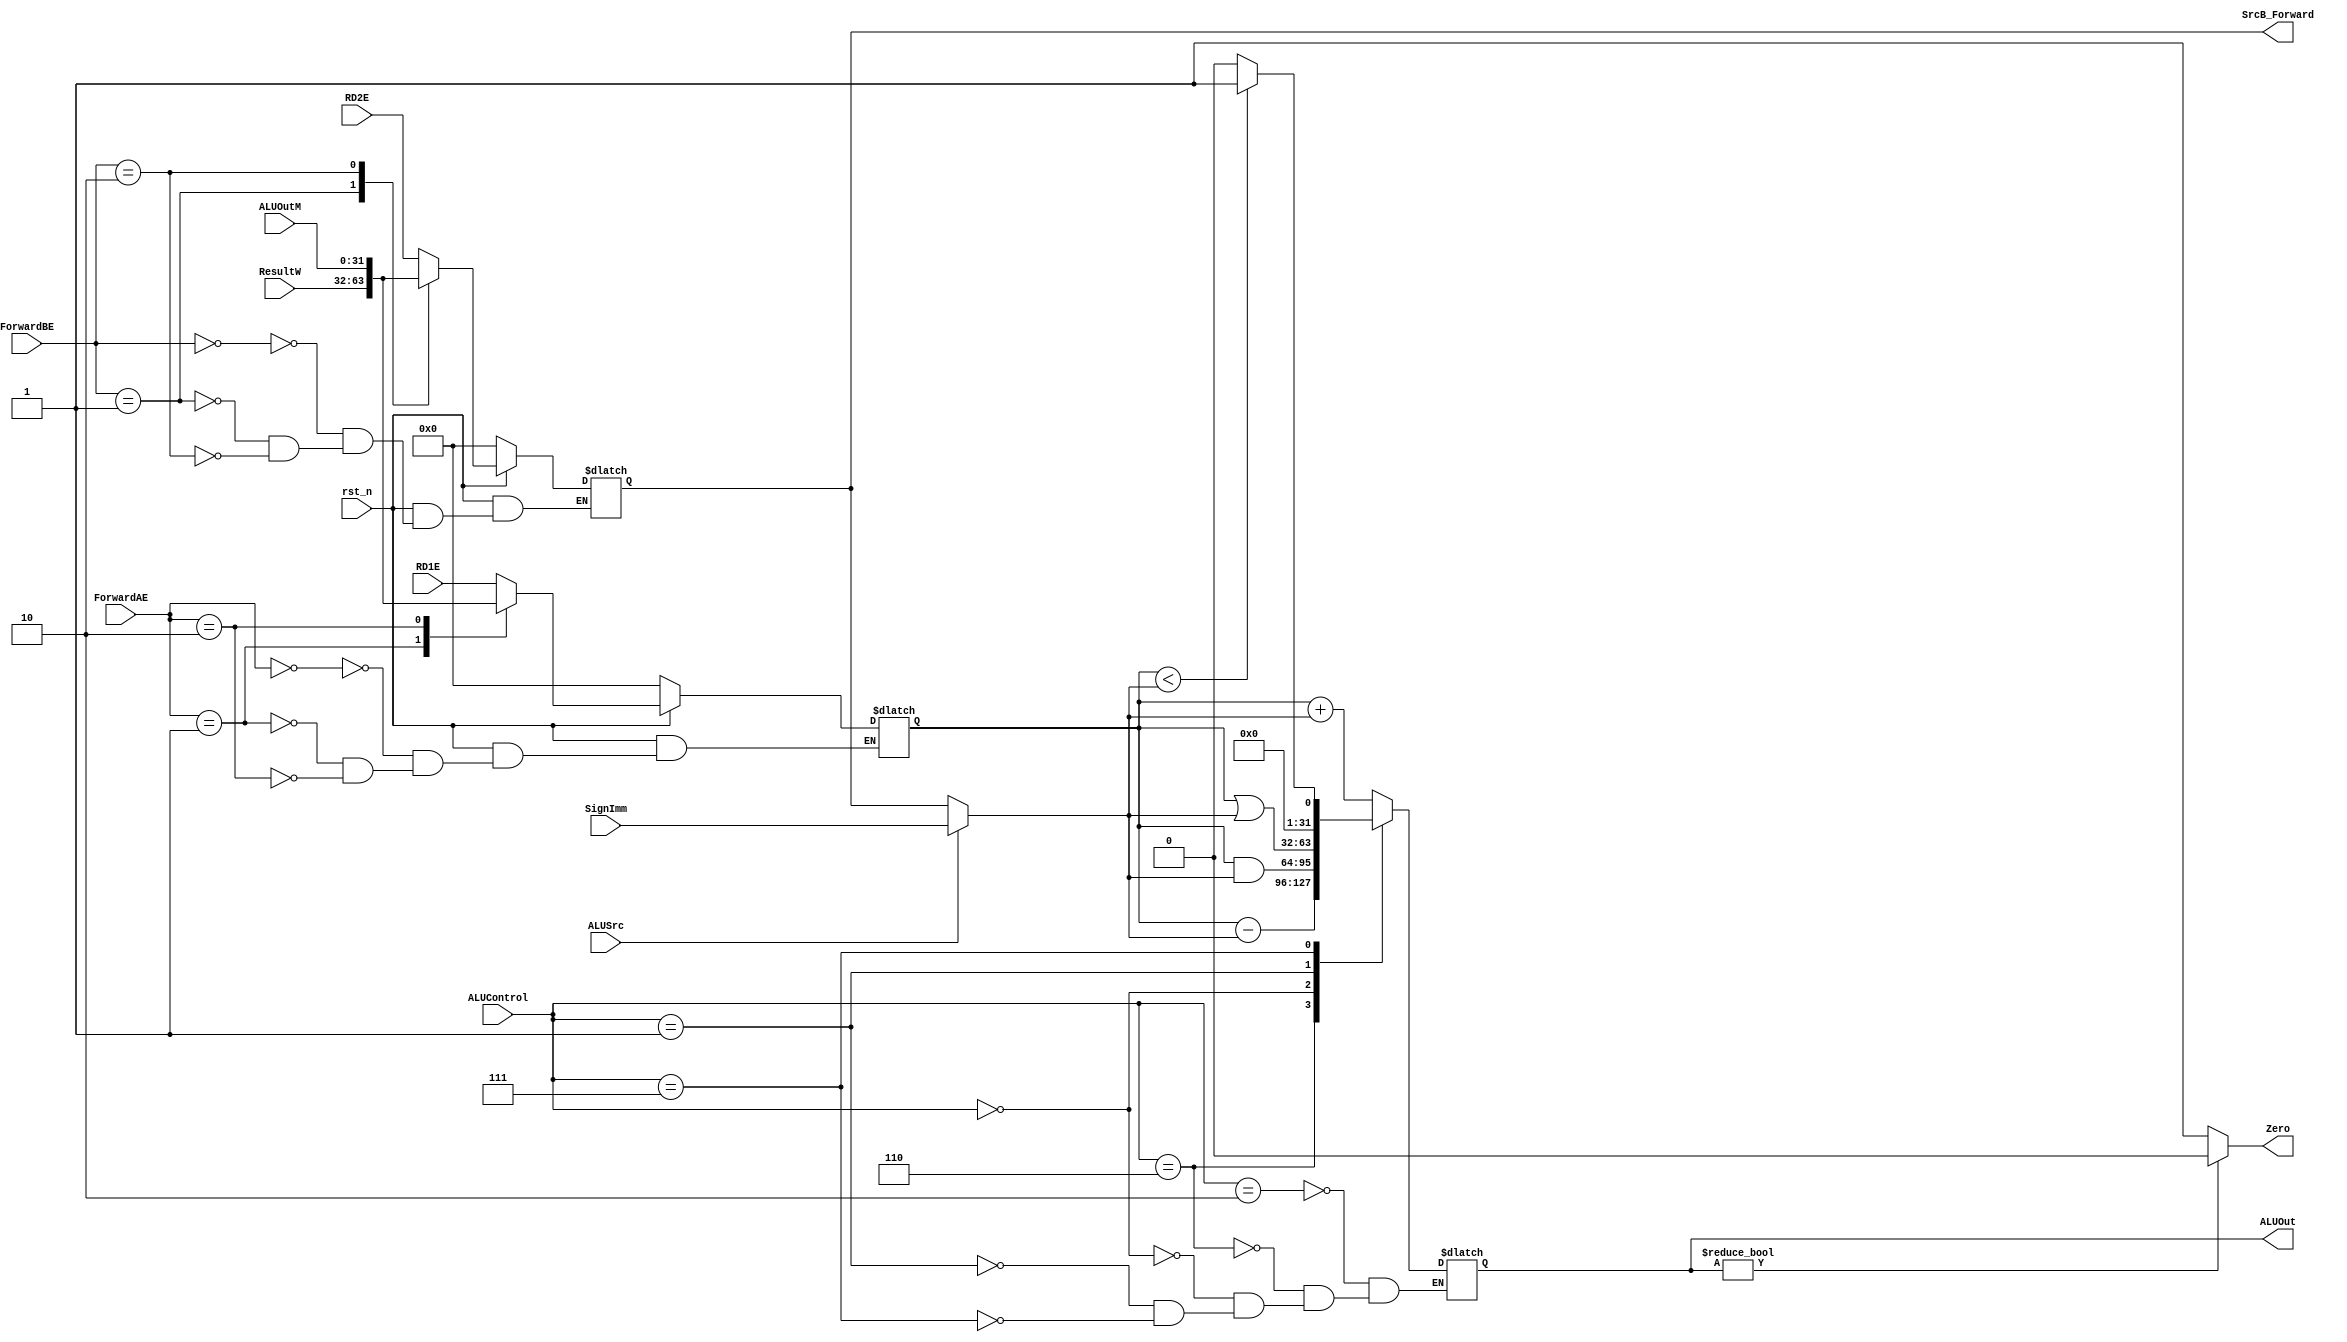
/*

	File name    : ALU
	LastEditors  : H
	LastEditTime : 2021-10-28 16:44:49
	Last Version : 1.0
	Description  : ALU Unit
	
	----------------------------------------------------------------------------------------
	
	Author       : H
	Date         : 2021-10-28 16:44:48
	FilePath     : \MIPS_Single\ALU.v
	Copyright 2021 H, All Rights Reserved. 

*/
module ALU(
    // System Clock
    input               rst_n,
    // User Interface
    input       [31:0]  SignImm,
    input       [2:0]   ALUControl,
    input               ALUSrc,
    input       [1:0]   ForwardAE,
    input       [1:0]   ForwardBE,
    input       [31:0]  ResultW,
    input       [31:0]  ALUOutM,
    input       [31:0]  RD1E,
    input       [31:0]  RD2E,

    output  reg [31:0]  SrcB_Forward,
    output  reg [31:0]  ALUOut,
    output              Zero
);
    wire    [31:0] SrcB;
    reg     [31:0] SrcA;
/*******************************************************************************
 *                                 Main Code
*******************************************************************************/

    assign  SrcB = ALUSrc ? SignImm : SrcB_Forward;

    always @(*) begin
        if (~rst_n) begin
            SrcA <= 32'b0;
            SrcB_Forward <= 32'b0;
        end
        else begin
            case(ForwardAE)
                2'b00: SrcA = RD1E;
                2'b01: SrcA = ResultW;
                2'b10: SrcA = ALUOutM;
            endcase 
            case (ForwardBE)
                2'b00: SrcB_Forward = RD2E;
                2'b01: SrcB_Forward = ResultW;
                2'b10: SrcB_Forward = ALUOutM;
            endcase
        end
    end

    always @(*) begin
        case (ALUControl)
            3'b010 : begin
                ALUOut = SrcA + SrcB;
            end 
            3'b110 : begin
                ALUOut = SrcA - SrcB;
            end
            3'b000 : ALUOut = SrcA & SrcB;
            3'b001 : ALUOut = SrcA | SrcB;
            3'b111 : ALUOut = (SrcA < SrcB) ? 32'b1 : 32'b0;
            default: ;
        endcase
    end

    assign Zero = (ALUOut) ? 1'b0 : 1'b1;

endmodule